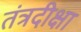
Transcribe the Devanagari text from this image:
तंत्रदीक्षा